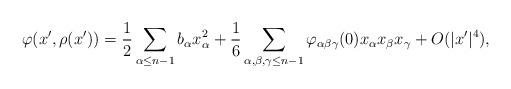
LaTeX: \begin{align*}\varphi (x', \rho (x')) = \frac{1}{2} \sum_{\alpha \leq n-1} b_\alpha x_\alpha^2 + \frac{1}{6} \sum_{\alpha, \beta, \gamma \leq n-1} \varphi_{\alpha \beta \gamma} (0) x_\alpha x_\beta x_\gamma + O (|x'|^4),\end{align*}